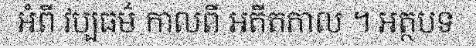
អំពី វប្បធម៌ កាលពី អតីតកាល ។ អត្ថបទ